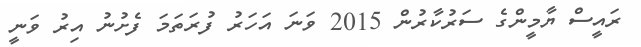
ރައީސް ޔާމީންގެ ސަރުކާރުން 2015 ވަނަ އަހަރު ފުރަތަމަ ފެށުނު އިރު ވަނީ